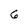
Character: 6